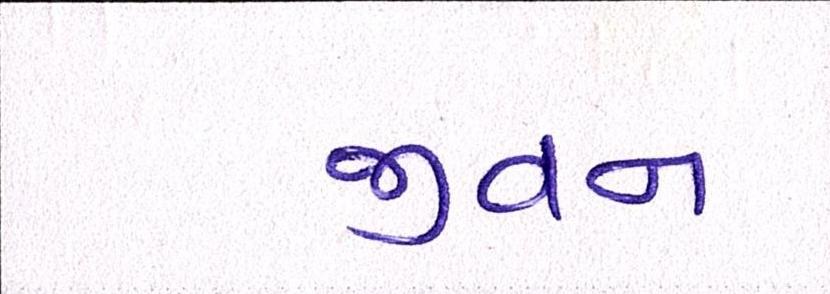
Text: જીવન